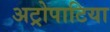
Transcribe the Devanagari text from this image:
अट्रोपाटिया